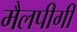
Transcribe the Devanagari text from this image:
मैलपीगी